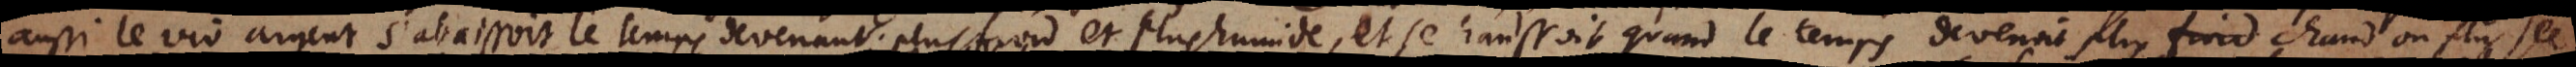
aussi le viv argent s’abaissoit le temps devenant plus froid et plus humide, et se haussoit quand le temps devenoit plus chaud ou plus sec.